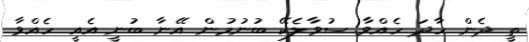
ތީ ދެން ހާދަ ހެއްވާ ސުވާލެކޭ ބުނުމުން އޭނާ ބުނީ އެއީ ހެއްވާ